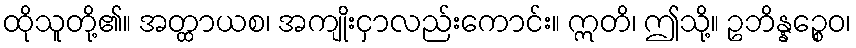
ထိုသူတို့၏။ အတ္ထာယစ၊ အကျိုးငှာလည်းကောင်း။ ဣတိ၊ ဤသို့။ ဥဘိန္နဉ္စေဝ၊